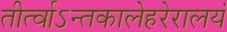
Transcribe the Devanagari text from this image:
तीर्त्वाऽन्तकालेहरेरालयं